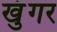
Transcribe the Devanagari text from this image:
खुंगर